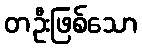
တဦးဖြစ်သော